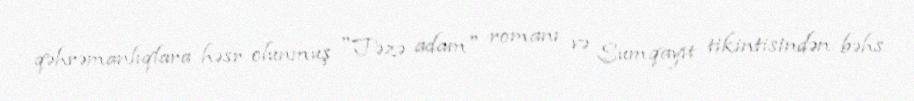
qəhrəmanlıqlara həsr olunmuş "Təzə adam" romanı və Sumqayıt tikintisindən bəhs